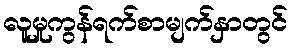
လူမှုကွန်ရက်စာမျက်နှာတွင်